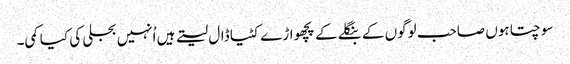
سوچتا ہوں صاحب لوگوں کے بنگلے کے پچھواڑے کٹیا ڈال لیتے ہیں اُنہیں بجلی کی کیا کمی۔